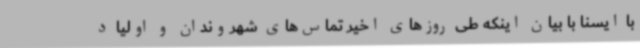
با ایسنا با بیان اینکه طی روزهای اخیر تماس‌های شهروندان و اولیا د